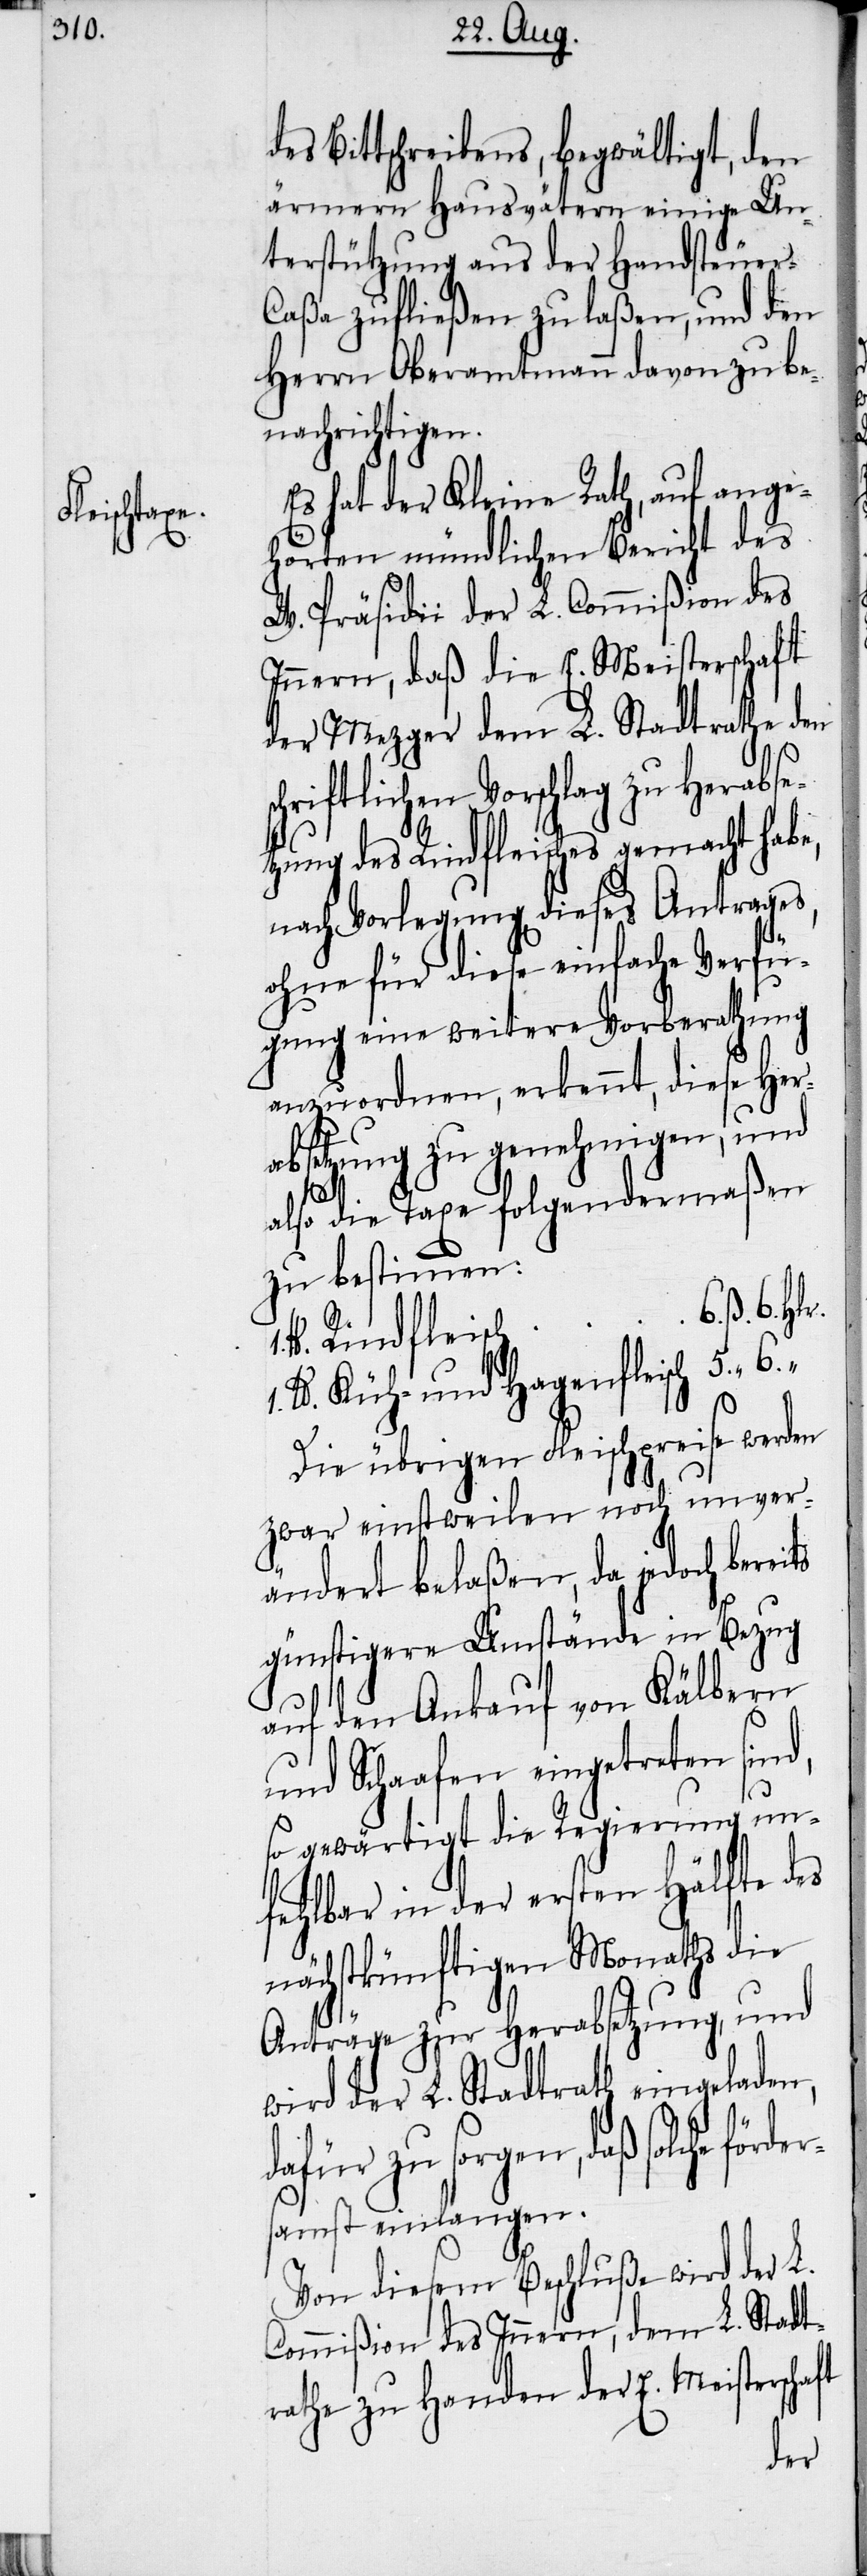
Bittschreibens, begwältigt, den
ärmern Hausvätern einige Un¬
terstützung aus der Handsteuer-C¬
aßa zufließen zu laßen, und den
Herrn Oberamtmann davon zu be¬
nachrichtigen.
Es hat der Kleine Rath, auf ange¬
hörten mündlichen Bericht des
W. Präsidii der L. Commißion des
Innern, daß die E. Meisterschaft
der Mezger dem L. Stadtrathe den
chriftlichen Vorschlag zu Herabset¬
zung des Rindfleisches gemacht habe,
nach Vorlegung dieses Antrages,
ohne für diese einfache Verfü¬
gung eine weitere Vorberathung
anzuordnen, erkennt, diese Her¬
absetzung zu genehmigen, und
ft
also die Taxe folgendermaßen
zu bestimmen:
Die übrigen Fleischpreise werden
zwar einstweilen noch unver¬
för¬
ändert belaßen, da jedoch bereits
günstigere Umstände in Bezug
auf den Ankauf von Kälbern
und Schaafen eingetreten sind,
“
so gewärtigt die Regierung un¬
fehlbar in der ersten Hälfte des
nächstkünftigen Monaths die
Anträge zur Herabsetzung, und
wird der L. Stadtrath eingeladen,
zu sorgen, daß solche
samst einlangen.
Von diesem Beschluße wird der L.
Commißion des Innern, dem L. Stadt¬
rathe zu Handen der E. Meisterscha¬
der¬